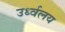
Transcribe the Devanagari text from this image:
उर्ध्वलय